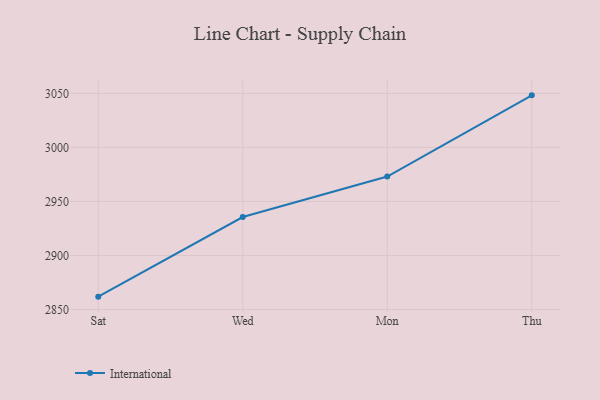
{"axis": {"x": "Day", "y": "Gross Profit (USD K)"}, "legend": ["International"], "data": [{"x": "Sat", "y": 2861.9, "type": "International"}, {"x": "Wed", "y": 2935.6, "type": "International"}, {"x": "Mon", "y": 2973.1, "type": "International"}, {"x": "Thu", "y": 3048.2, "type": "International"}]}